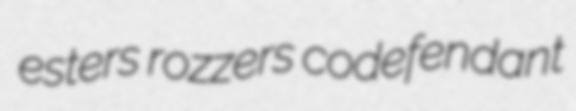
esters rozzers codefendant